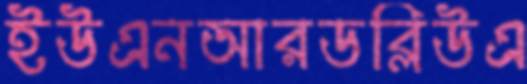
ইউএনআরডব্লিউএ